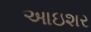
આઇશર